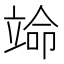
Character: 𬔣